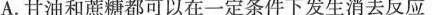
A.甘油和蔗糖都可以在一定条件下发生消去反应